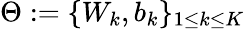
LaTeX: \Theta:=\{ W_{k},b_{k}\} _{1\leq k\leq K}